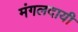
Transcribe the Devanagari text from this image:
मंगलदायी